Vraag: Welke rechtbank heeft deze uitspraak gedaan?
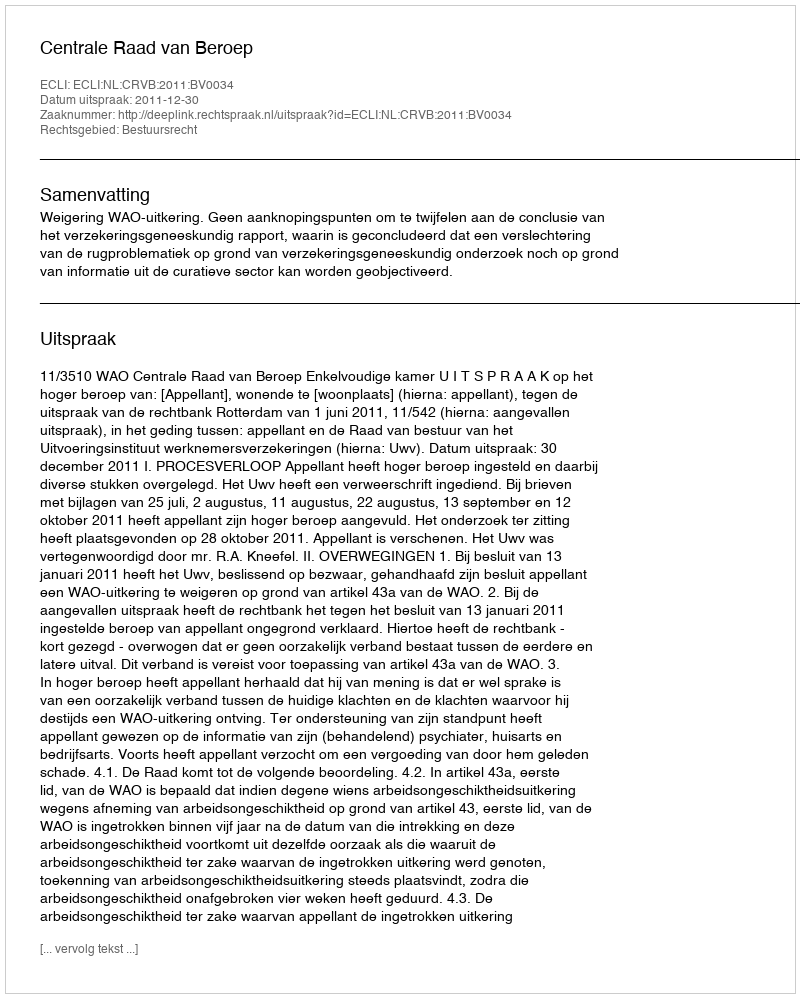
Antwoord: Centrale Raad van Beroep